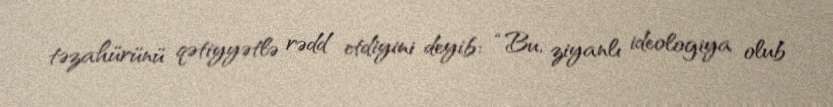
təzahürünü qətiyyətlə rədd etdiyini deyib: “Bu, ziyanlı ideologiya olub